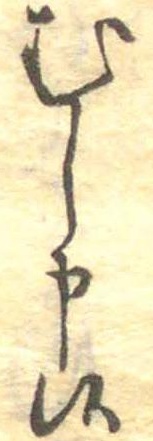
むし申候